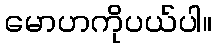
မောဟကိုပယ်ပါ။